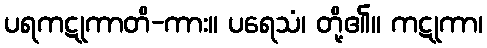
ပရကဋုကာတိ-ကား။ ပရေသံ၊ တို့၏။ ကဋုကာ၊